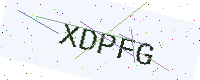
Text: XDPFG